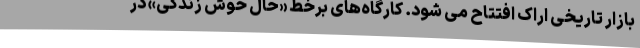
بازار تاریخی اراک افتتاح می شود. کارگاه‌های برخط «حال خوش زندگی» در